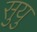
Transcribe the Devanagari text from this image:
सुयु